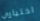
اختياري